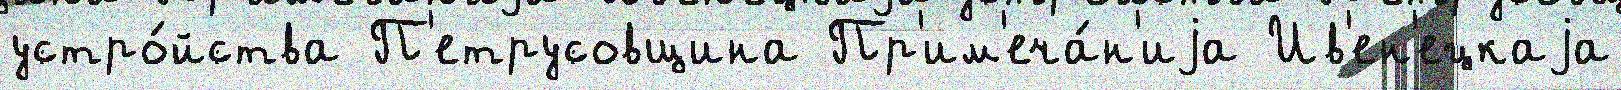
устро́йства П'етрусовщина Пр'им'еча́н'иjа Ив'ен'ецкаjа